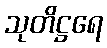
သုတိဋ္ဌရေ